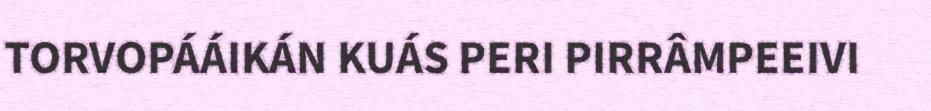
TORVOPÁÁIKÁN KUÁS PERI PIRRÂMPEEIVI